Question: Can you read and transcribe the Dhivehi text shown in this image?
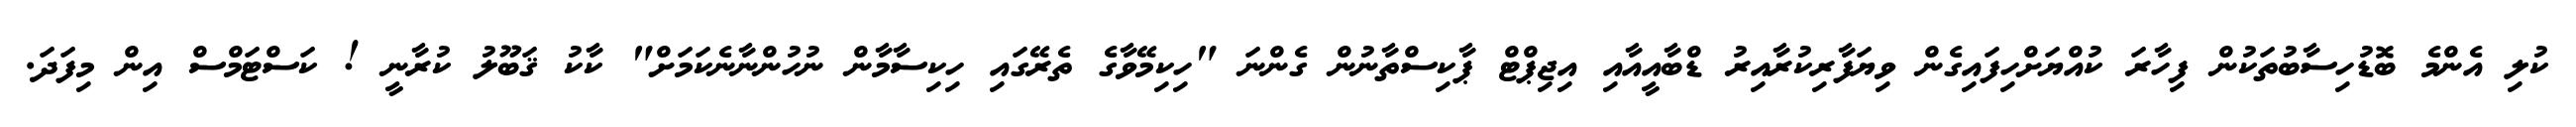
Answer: ކުލި އެންމެ ބޮޑުހިސާބުތަކުން ފިހާރަ ކުއްޔަށްހިފައިގެން ވިޔަފާރިކުރާއިރު ޑްބާއީއާއި އިޖިޕްޓް ޕާކިސްތާނުން ގެންނަ "ހިކިމޭވާގެ ތެރޭގައި ހިކިސާމާން ނުހުންނާނެކަމަށް" ކާކު ޤަބޫލު ކުރާނީ ! ކަސްޓަމްސް އިން މިފަދަ.